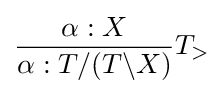
{\dfrac {\alpha :X}{\alpha :T/(T\backslash X)}}T_{>}